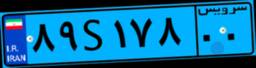
۴۵S۶۸۸۹۱